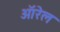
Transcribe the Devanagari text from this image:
ऑरेल